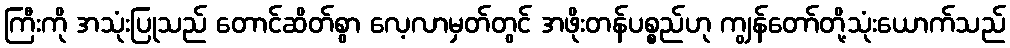
ကြီးကို အသုံးပြုသည် တောင်ဆိတ်စွာ လေ့လာမှတ်တွင် အဖိုးတန်ပစ္စည်ဟု ကျွန်တော်တို့သုံးယောက်သည်